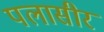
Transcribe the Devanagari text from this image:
पलासीर